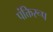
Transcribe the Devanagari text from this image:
पंक्तिरूप